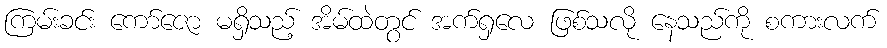
ကြမ်းခင်း ကော်ဇော မရှိသည့် အိမ်ထဲတွင် အက်ရှလေ ဖြစ်သလို နေသည်ကို စကားလက်